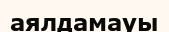
аялдамауы